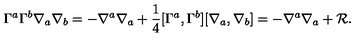
\Gamma ^ { a } \Gamma ^ { b } \nabla _ { a } \nabla _ { b } = - \nabla ^ { a } \nabla _ { a } + \frac { 1 } { 4 } [ \Gamma ^ { a } , \Gamma ^ { b } ] [ \nabla _ { a } , \nabla _ { b } ] = - \nabla ^ { a } \nabla _ { a } + { \cal R } .